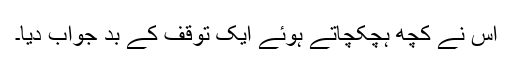
اس نے کچھ ہچکچاتے ہوئے ایک توقف کے بد جواب دیا۔